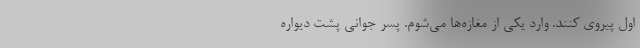
اول پیروی کنند. وارد یکی از مغازه‌ها می‌شوم. پسر جوانی پشت دیواره